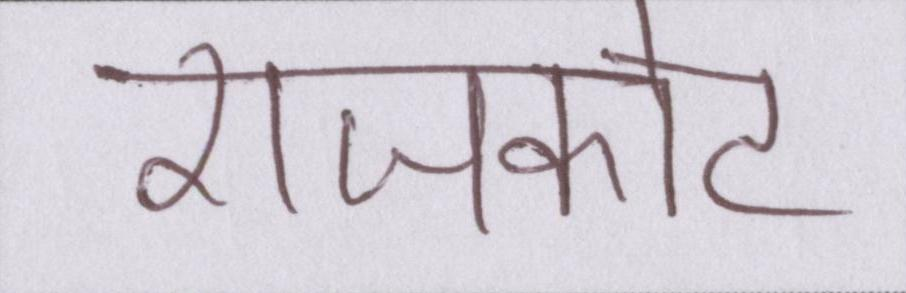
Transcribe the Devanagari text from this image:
राजकोट